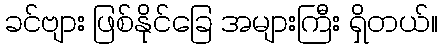
ခင်ဗျား ဖြစ်နိုင်ခြေ အများကြီး ရှိတယ်။